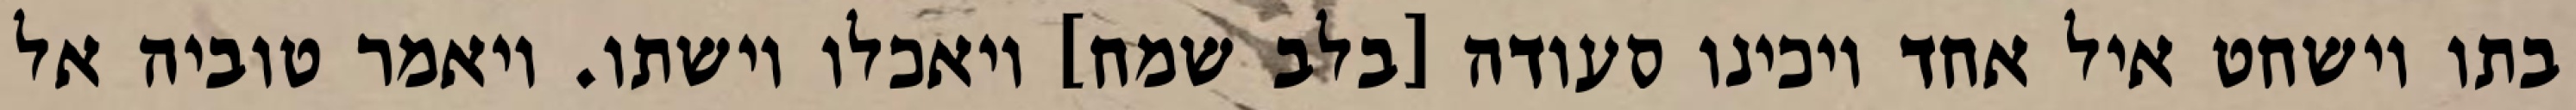
בתו וישחט איל אחד ויכינו סעודה [בלב שמח] ויאכלו וישתו. ויאמר טוביה אל